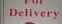
delivery